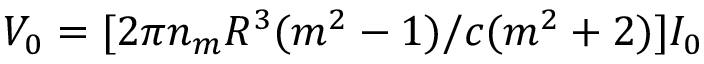
V _ { 0 } = [ 2 \pi n _ { m } R ^ { 3 } ( m ^ { 2 } - 1 ) / c ( m ^ { 2 } + 2 ) ] I _ { 0 }